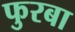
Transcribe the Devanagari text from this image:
फुरबा